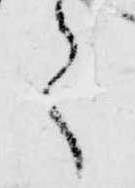
之